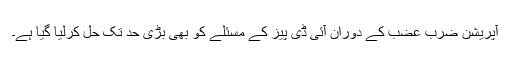
آپریشن ضربِ عضب کے دوران آئی ڈی پیز کے مسئلے کو بھی بڑی حد تک حل کرلیا گیا ہے۔